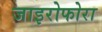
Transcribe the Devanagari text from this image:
जाइरोफोरा